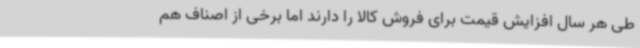
طی هر سال افزایش قیمت برای فروش کالا را دارند اما برخی از اصناف هم